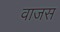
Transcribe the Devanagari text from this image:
वाजस